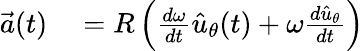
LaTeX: \begin{array}{rl}{{\vec{a}}(t)}&{{}=R\left({\frac{d\omega}{dt}}{\hat{u}}_{\theta}(t)+\omega{\frac{d{\hat{u}}_{\theta}}{dt}}\right)}\end{array}